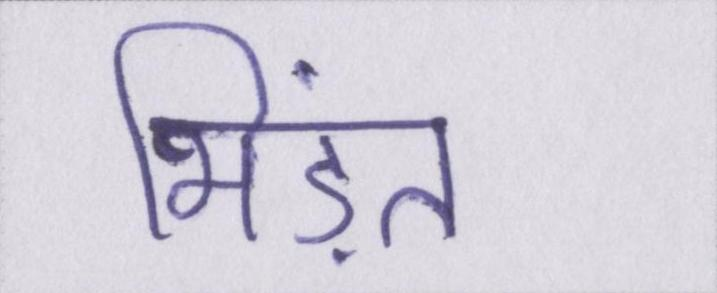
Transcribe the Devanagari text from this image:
भिड़ंत